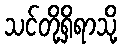
သင်တို့ရှိရာသို့